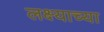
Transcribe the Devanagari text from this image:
लक्ष्याच्या